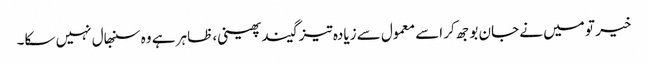
خیر تو میں نے جان بوجھ کر اسے معمول سے زیادہ تیز گیند پھینی، ظاہر ہے وہ سنبھال نہیں سکا۔